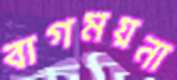
বাগময়না